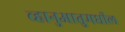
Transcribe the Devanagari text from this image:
व्हानुआतुमधील